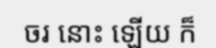
ចរ នោះ ឡើយ ក៏